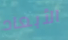
الأبعاد